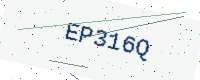
Text: EP316Q